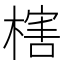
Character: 㮫